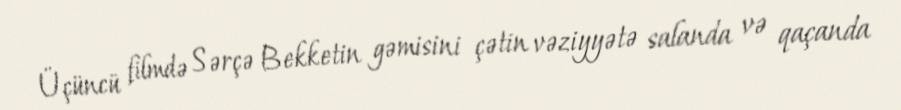
Üçüncü filmdə Sərçə Bekketin gəmisini çətin vəziyyətə salanda və qaçanda